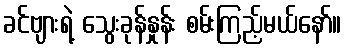
ခင်ဗျားရဲ့ သွေးခုန်နှုန်း စမ်းကြည့်မယ်နော်။